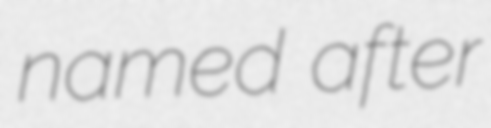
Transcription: named after